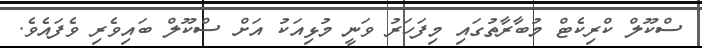
ސްކޫލް ކްރިކެޓް މުބާރާތުގައި މިފަހަރު ވަނީ މުޅިއަކު އަށް ސްކޫލް ބައިވެރި ވެފައެވެ.